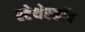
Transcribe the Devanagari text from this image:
स्‍टेथेस्‍कॉप